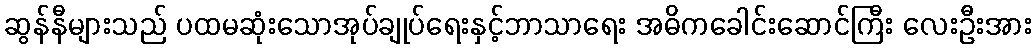
ဆွန်နီများသည် ပထမဆုံးသောအုပ်ချုပ်ရေးနှင့်ဘာသာရေး အဓိကခေါင်းဆောင်ကြီး လေးဦးအား